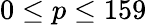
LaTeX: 0\le p\le 159